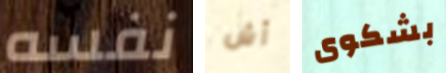
نفسه آش بشكوى